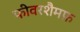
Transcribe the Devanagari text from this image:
फीवरशैमफ़